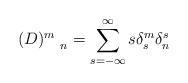
LaTeX: \begin{align*}(D)_{\quad n}^{m}=\sum_{s=-\infty }^{\infty }s\delta _{s}^{m}\delta _{n}^{s}\end{align*}